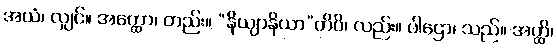
အယံ၊ လျှင်။ အတ္ထော၊ တည်း။ “နိယျာနိယာ”တိပိ၊ လည်း။ ပါဌော၊ သည်။ အတ္ထိ၊